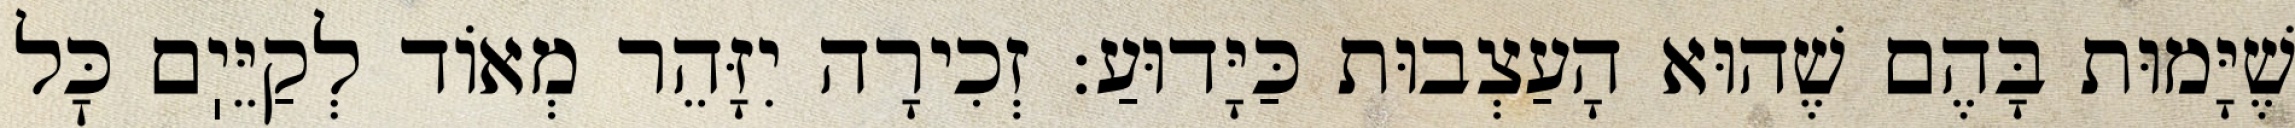
שֶׁיָּמוּת בָּהֶם שֶׁהוּא הָעַצְבוּת כַּיָּדוּעַ: זְכִירָה יִזָּהֵר מְאוֹד לְקַיֵּיֽם כׇּל